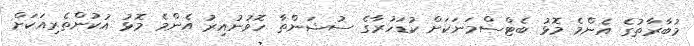
މުބާރާތުގެ އެންމެ މޮޅު ބެޓްސްމަނަކަށް ކުޑަހުރާގެ ސުޝަންތާ ހޮވުނުއިރު އެންމެ މޮޅު އުކުންތެރިއަކަށް